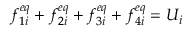
f _ { 1 i } ^ { e q } + f _ { 2 i } ^ { e q } + f _ { 3 i } ^ { e q } + f _ { 4 i } ^ { e q } = U _ { i }